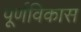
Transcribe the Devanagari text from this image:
पूर्णविकास